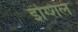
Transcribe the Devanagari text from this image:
इंग्शिल